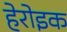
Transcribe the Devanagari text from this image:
हेरोइक